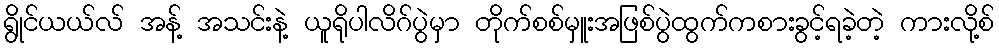
ရွိုင်ယယ်လ် အန့် အသင်းနဲ့ ယူရိုပါလိဂ်ပွဲမှာ တိုက်စစ်မှူးအဖြစ်ပွဲထွက်ကစားခွင့်ရခဲ့တဲ့ ကားလို့စ်